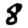
Digit: 8